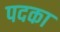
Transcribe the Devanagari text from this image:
पदका